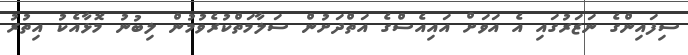
ސިފައިންގެ ނަޒަރުގައި އެ އަވަށް އައިއެސްގެ އަތްދަށުން ސަލާމަތްކުރެވުމުން ލިބުނު މޮޅާއެކު އިތުރު